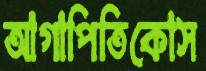
আগাপিতিকোস